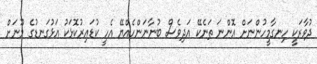
ދުވާރަކީ ހިނގާމީހުންނަށް އޮންނަ ތަނެކޭ އަދިވެސް ބުނާނަންހެއްޔޭ އެހީ ކުޑައިރުކޮޅަކު އަޅުގަނޑުގެ މޫނަށް